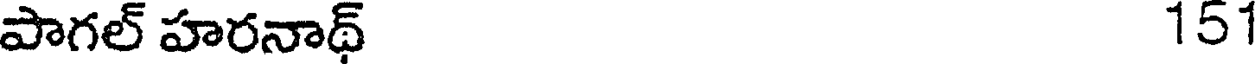
పాగల్ హరనాథ్ 151